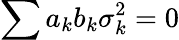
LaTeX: \sum{a_{k}b_{k}\sigma_{k}^{2}=0}